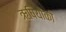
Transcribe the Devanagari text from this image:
ऋषियोंको